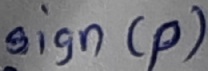
Text: sign(p)